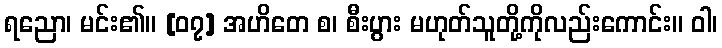
ရညော၊ မင်း၏။ [၀၇] အဟိတေ စ၊ စီးပွား မဟုတ်သူတို့ကိုလည်းကောင်း။ ဝါ၊